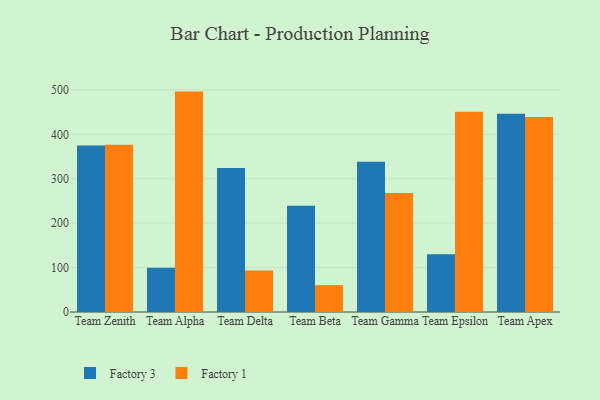
{"axis": {"x": "Team", "y": "Market Share (%)"}, "legend": ["Factory 1", "Factory 3"], "data": [{"x": "Team Zenith", "y": 374.9, "type": "Factory 3"}, {"x": "Team Zenith", "y": 376.6, "type": "Factory 1"}, {"x": "Team Alpha", "y": 99.5, "type": "Factory 3"}, {"x": "Team Alpha", "y": 496.2, "type": "Factory 1"}, {"x": "Team Delta", "y": 324.4, "type": "Factory 3"}, {"x": "Team Delta", "y": 93.3, "type": "Factory 1"}, {"x": "Team Beta", "y": 239.3, "type": "Factory 3"}, {"x": "Team Beta", "y": 60.4, "type": "Factory 1"}, {"x": "Team Gamma", "y": 338.3, "type": "Factory 3"}, {"x": "Team Gamma", "y": 268.0, "type": "Factory 1"}, {"x": "Team Epsilon", "y": 130.2, "type": "Factory 3"}, {"x": "Team Epsilon", "y": 450.7, "type": "Factory 1"}, {"x": "Team Apex", "y": 446.1, "type": "Factory 3"}, {"x": "Team Apex", "y": 438.8, "type": "Factory 1"}]}